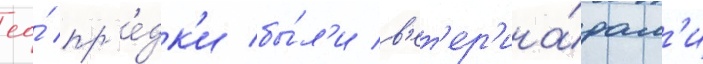
ео́ пр'е́дк'и бы́л'и в'ет'ер'ина́рам'и